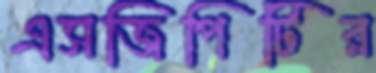
এসজিপিটির